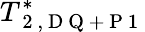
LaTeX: T_{\mathrm{~2~,~D~Q~+~P~1~}}^{*}